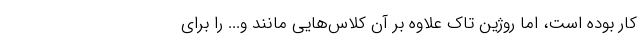
کار بوده است، اما روژین تاک علاوه بر آن کلاس‌هایی مانند و... را برای